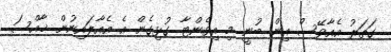
ގަތަރު އެއާވޭސް އިން ބުނީ މި އިވެންޓާ ގުޅިގެން އެ އެއާލައިނުން ޚާއްސަ